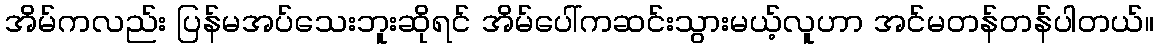
အိမ်ကလည်း ပြန်မအပ်သေးဘူးဆိုရင် အိမ်ပေါ်ကဆင်းသွားမယ့်လူဟာ အင်မတန်တန်ပါတယ်။